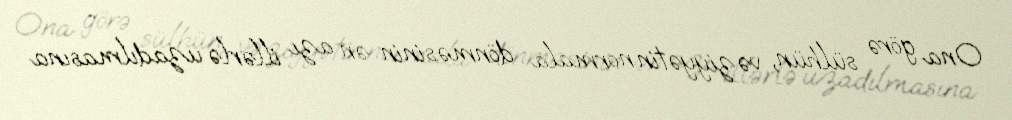
Ona görə sülhün, vəziyyətin normala dönməsinin ən azı illərlə uzadılmasına